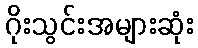
ဂိုးသွင်းအများဆုံး